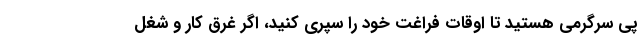
پی سرگرمی هستید تا اوقات فراغت خود را سپری کنید، اگر غرق کار و شغل